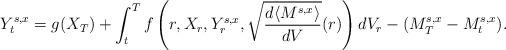
LaTeX: \begin{align*}Y^{s,x}_t = g(X_T) + \int_t^T f\left(r,X_r,Y^{s,x}_r,\sqrt{\frac{d\langle M^{s,x}\rangle}{dV}}(r)\right)dV_r -(M^{s,x}_T - M^{s,x}_t).\end{align*}